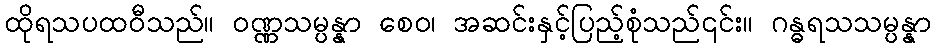
ထိုရသပထဝီသည်။ ဝဏ္ဏသမ္ပန္နာ စေဝ၊ အဆင်းနှင့်ပြည့်စုံသည်၎င်း။ ဂန္ဓရသသမ္ပန္နာ